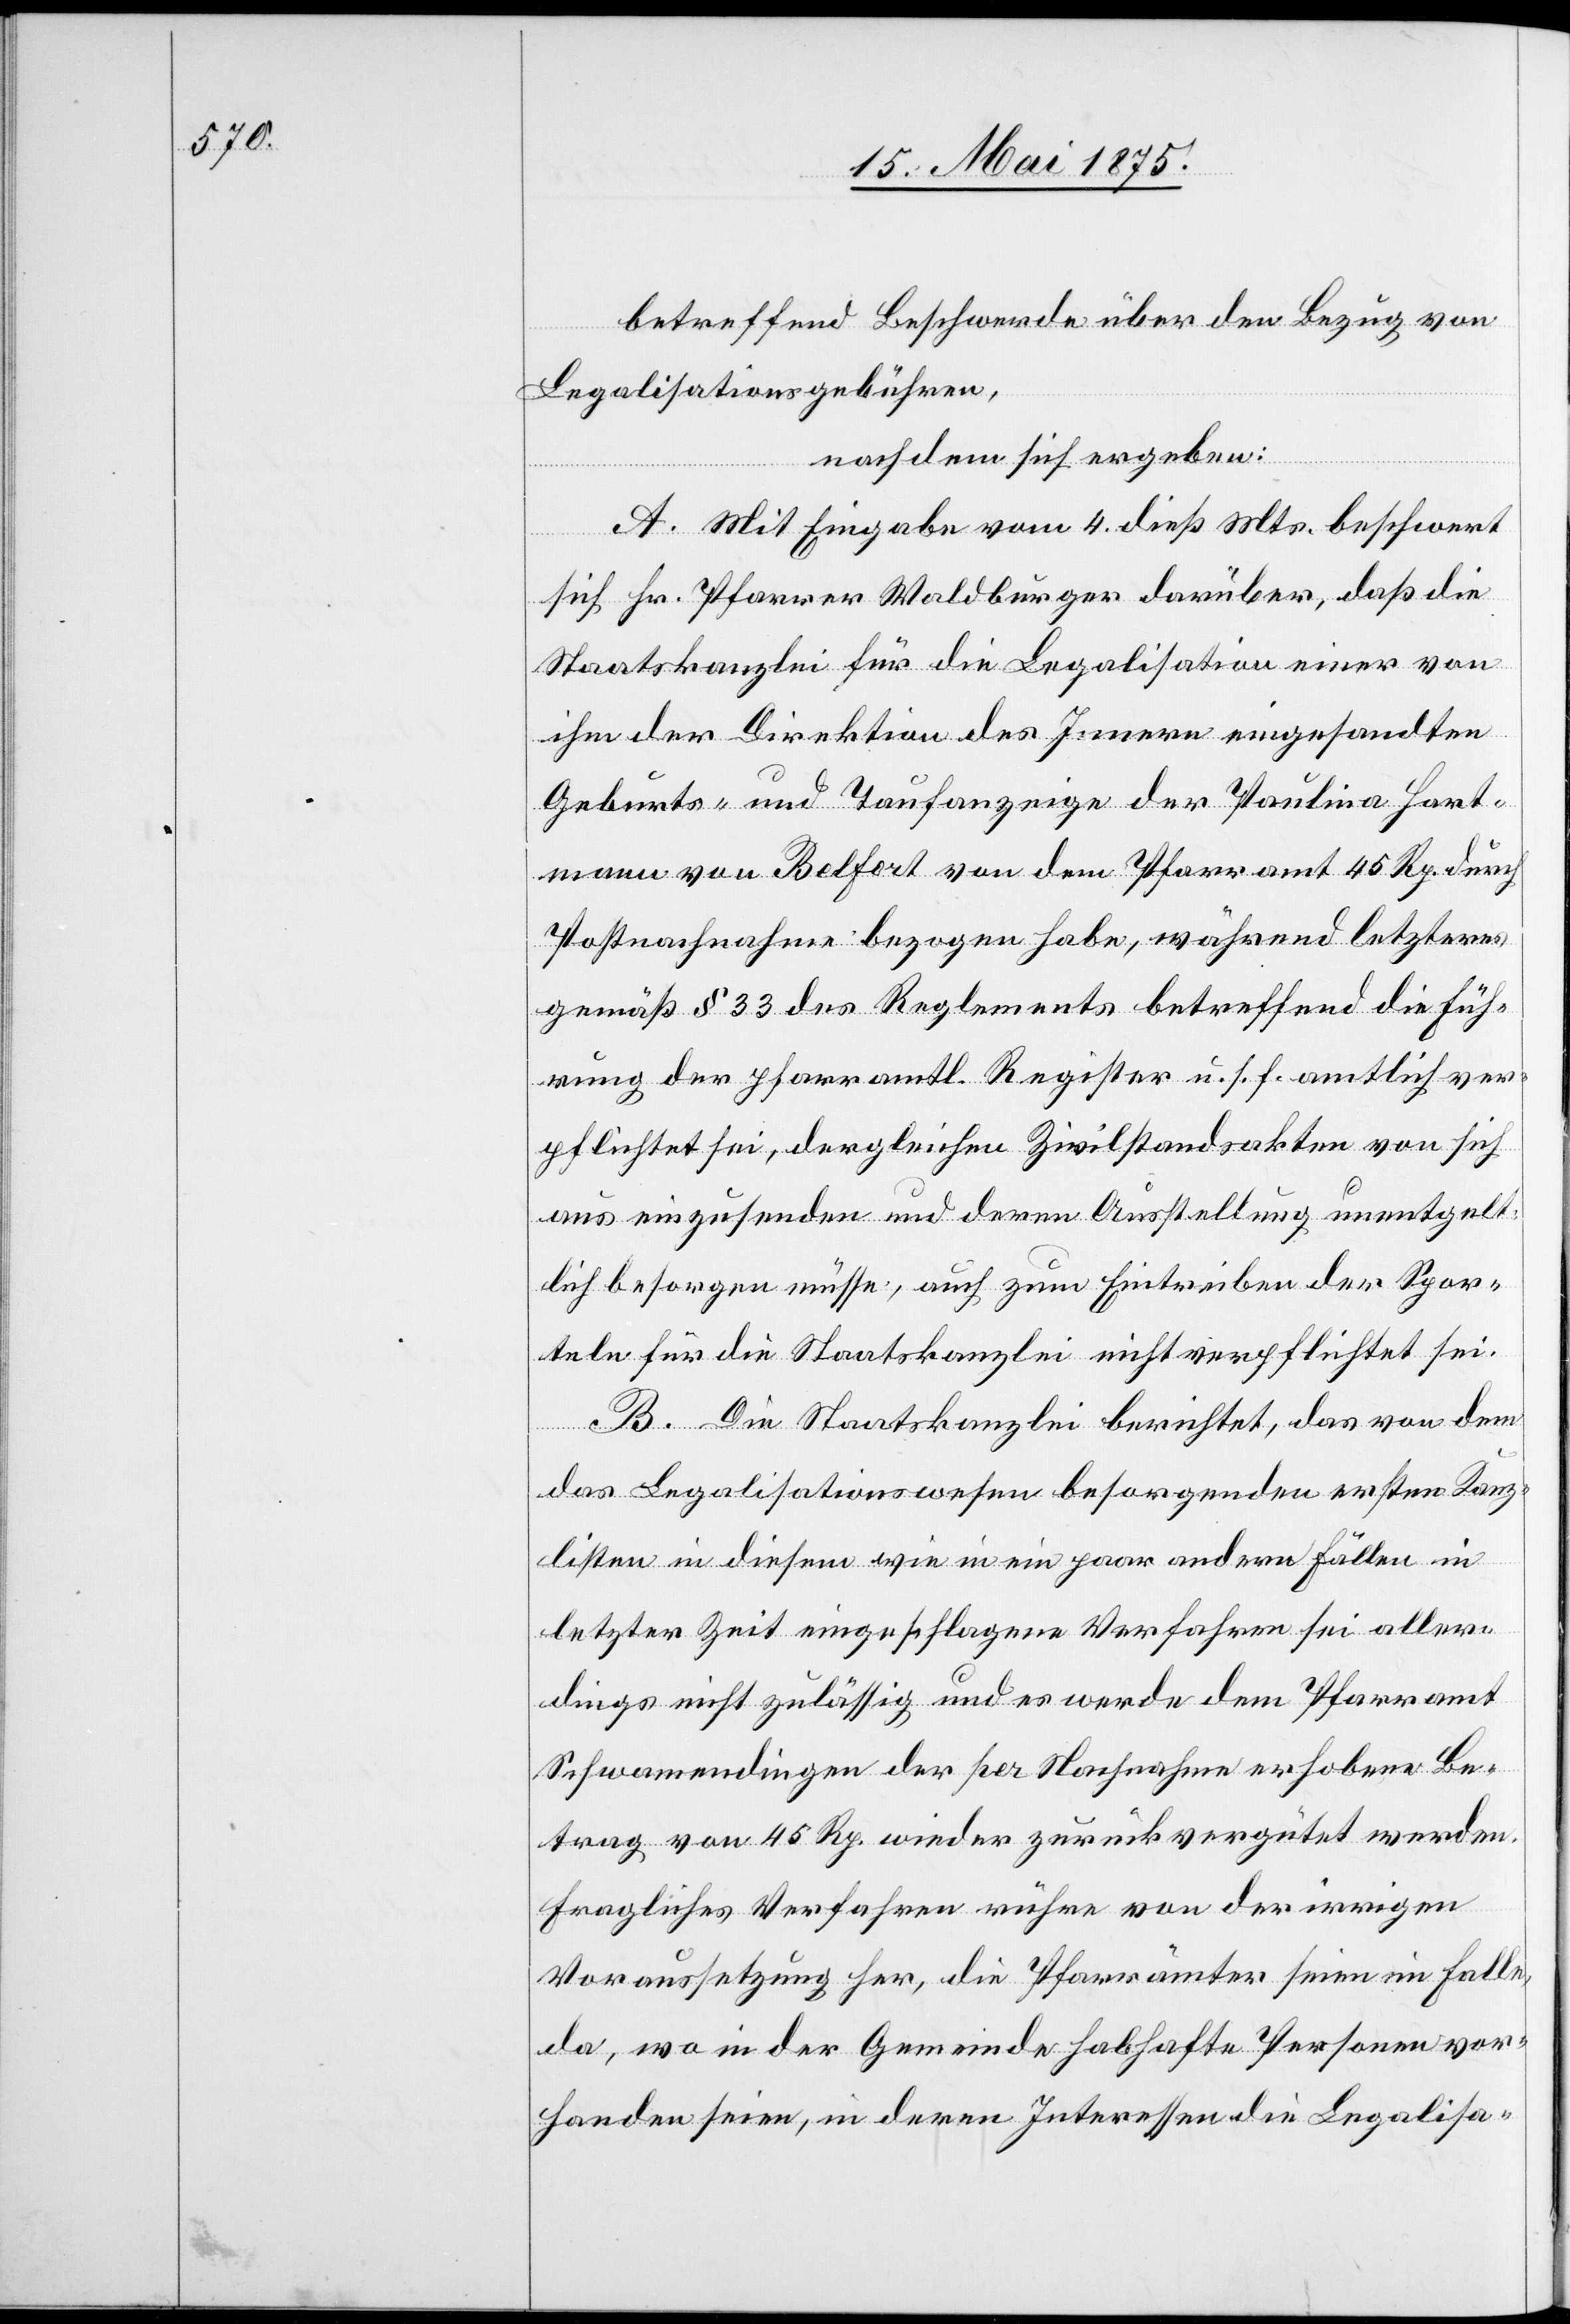
betreffend Beschwerde über den Bezug von
Legalisationsgebühren,
nachdem sich ergeben:
A. Mit Eingabe vom 4. dieß Mts. beschwert
sich Hr. Pfarrer Waldburger darüber, daß die
Staatskanzlei für die Legalisation einer von
ihm der Direktion des Innern eingesandten
Geburts- und Taufanzeige der Paulina Hart¬
mann von Belfort von dem Pfarramt 45 Rp. durch
Postnachnahme bezogen habe, während letzteres
gemäß § 33 des Reglements betreffend die Füh¬
rung des pfarramtl. Register u. s. f. amtlich ver¬
pflichtet sei, dergleichen Zivilstandsakten von sich
aus einzusenden und deren Ausstellung unentgelt¬
lich besorgen müsse, auch zum Eintreiben der Spor¬
teln für die Staatskanzlei nicht verpflichtet sei.
B. Die Staatskanzlei berichtet, das von dem
das Legalisationswesen besorgenden ersten Kanz¬
listen in diesem wie in ein paar andern Fällen in
letzter Zeit eingeschlagene Verfahren sei aller¬
dings nicht zulässig und es werde dem Pfarramt
Schwamendingen der per Nachnahme erhobene Be¬
trag von 45 Rp. wieder zurückvergütet werden.
Fragliches Verfahren rühre von der irrigen
Voraussetzung her, die Pfarrämter seinen im Falle,
da, wo in der Gemeinde habhafte Personen vor¬
handen seien, in deren Interessen die Legalisa-